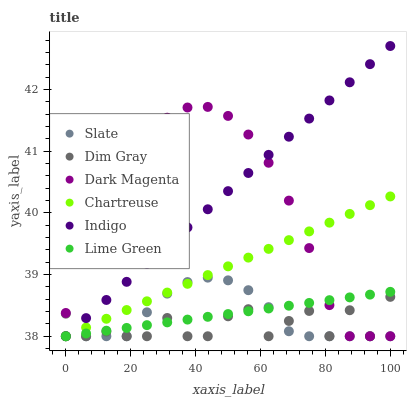
| xaxis_label | Slate | Dim Gray | Dark Magenta | Chartreuse | Indigo | Lime Green |
 | --- | --- | --- | --- | --- | --- | --- |
 | 0 | 38 | 38.4 | 38.4 | 38 | 38 | 38 |
 | 6.25 | 38 | 38 | 39.3 | 38.1 | 38.3 | 38 |
 | 12.5 | 38 | 38.1 | 40.1 | 38.3 | 38.6 | 38.1 |
 | 18.8 | 38 | 38 | 40.7 | 38.4 | 38.9 | 38.1 |
 | 25 | 38.4 | 38 | 41.2 | 38.6 | 39.2 | 38.2 |
 | 31.2 | 38.7 | 38.3 | 41.5 | 38.7 | 39.5 | 38.2 |
 | 37.5 | 38.9 | 38 | 41.7 | 38.8 | 39.8 | 38.3 |
 | 43.8 | 38.9 | 38 | 41.7 | 39 | 40.1 | 38.3 |
 | 50 | 38.9 | 38.3 | 41.6 | 39.1 | 40.4 | 38.4 |
 | 56.2 | 38.7 | 38.4 | 41.3 | 39.3 | 40.6 | 38.4 |
 | 62.5 | 38.5 | 38 | 40.8 | 39.4 | 40.9 | 38.4 |
 | 68.8 | 38.1 | 38.2 | 40.2 | 39.6 | 41.2 | 38.5 |
 | 75 | 38 | 38.4 | 39.4 | 39.7 | 41.5 | 38.5 |
 | 81.2 | 38 | 38 | 38.5 | 39.8 | 41.8 | 38.6 |
 | 87.5 | 38 | 38.4 | 38 | 40 | 42.1 | 38.6 |
 | 93.8 | 38 | 38 | 38 | 40.1 | 42.4 | 38.7 |
 | 100 | 38 | 38.6 | 38 | 40.3 | 42.7 | 38.7 |